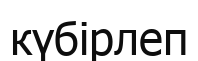
күбірлеп